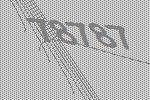
78787